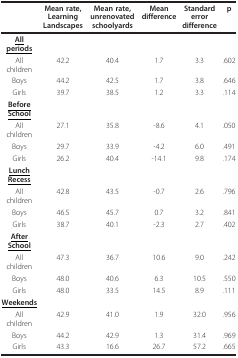
<table><thead><tr><td></td><td><b>Mean rate, Learning Landscapes</b></td><td><b>Mean rate, unrenovated schoolyards</b></td><td><b>Mean difference</b></td><td><b>Standard error difference</b></td><td><b>p</b></td></tr></thead><tbody><tr><td><b><underline>All periods</underline></b></td><td></td><td></td><td></td><td></td><td></td></tr><tr><td>All children</td><td>42.2</td><td>40.4</td><td>1.7</td><td>3.3</td><td>.602</td></tr><tr><td>Boys</td><td>44.2</td><td>42.5</td><td>1.7</td><td>3.8</td><td>.646</td></tr><tr><td>Girls</td><td>39.7</td><td>38.5</td><td>1.2</td><td>3.3</td><td>.114</td></tr><tr><td><b><underline>Before School</underline></b></td><td></td><td></td><td></td><td></td><td></td></tr><tr><td>All children</td><td>27.1</td><td>35.8</td><td>-8.6</td><td>4.1</td><td>.050</td></tr><tr><td>Boys</td><td>29.7</td><td>33.9</td><td>-4.2</td><td>6.0</td><td>.491</td></tr><tr><td>Girls</td><td>26.2</td><td>40.4</td><td>-14.1</td><td>9.8</td><td>.174</td></tr><tr><td><b><underline>Lunch Recess</underline></b></td><td></td><td></td><td></td><td></td><td></td></tr><tr><td>All children</td><td>42.8</td><td>43.5</td><td>-0.7</td><td>2.6</td><td>.796</td></tr><tr><td>Boys</td><td>46.5</td><td>45.7</td><td>0.7</td><td>3.2</td><td>.841</td></tr><tr><td>Girls</td><td>38.7</td><td>40.1</td><td>-2.3</td><td>2.7</td><td>.402</td></tr><tr><td><b><underline>After School</underline></b></td><td></td><td></td><td></td><td></td><td></td></tr><tr><td>All children</td><td>47.3</td><td>36.7</td><td>10.6</td><td>9.0</td><td>.242</td></tr><tr><td>Boys</td><td>48.0</td><td>40.6</td><td>6.3</td><td>10.5</td><td>.550</td></tr><tr><td>Girls</td><td>48.0</td><td>33.5</td><td>14.5</td><td>8.9</td><td>.111</td></tr><tr><td><b><underline>Weekends</underline></b></td><td></td><td></td><td></td><td></td><td></td></tr><tr><td>All children</td><td>42.9</td><td>41.0</td><td>1.9</td><td>32.0</td><td>.956</td></tr><tr><td>Boys</td><td>44.2</td><td>42.9</td><td>1.3</td><td>31.4</td><td>.969</td></tr><tr><td>Girls</td><td>43.3</td><td>16.6</td><td>26.7</td><td>57.2</td><td>.665</td></tr></tbody></table>